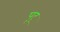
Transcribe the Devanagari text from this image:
पूदृ